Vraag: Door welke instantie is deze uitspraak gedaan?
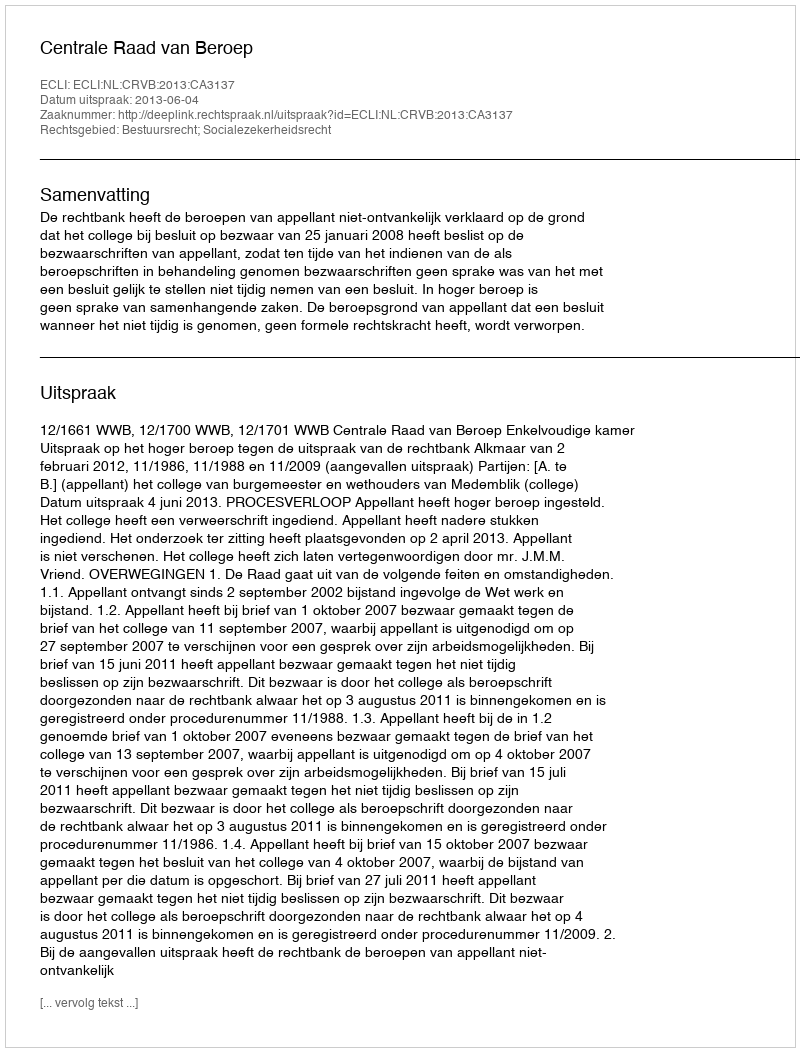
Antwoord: Centrale Raad van Beroep